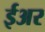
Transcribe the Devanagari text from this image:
ईअर